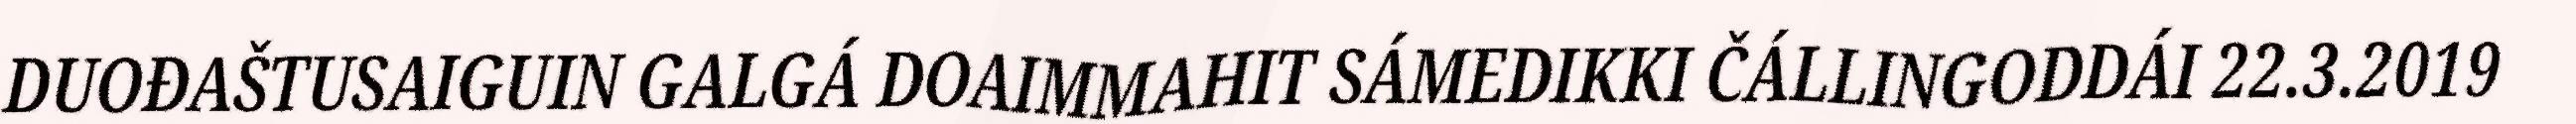
DUOĐAŠTUSAIGUIN GALGÁ DOAIMMAHIT SÁMEDIKKI ČÁLLINGODDÁI 22.3.2019